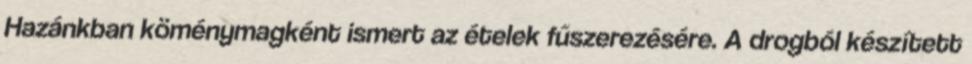
Hazánkban köménymagként ismert az ételek fűszerezésére. A drogból készített